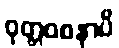
ဝုတ္တဝစနာပိ